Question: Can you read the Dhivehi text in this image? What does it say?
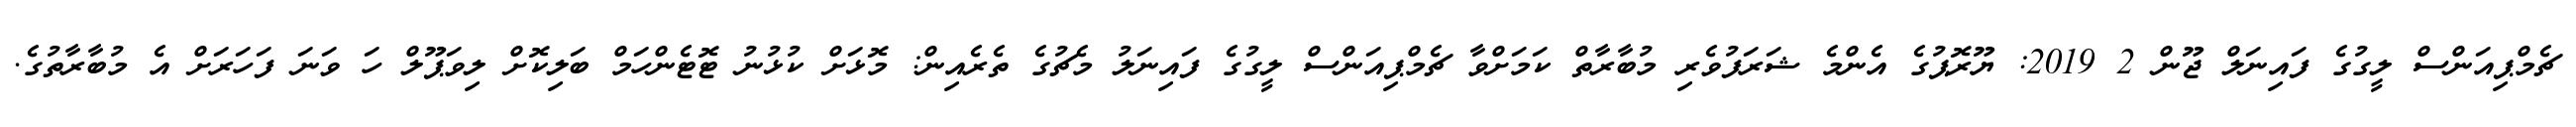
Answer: ޗެމްޕިއަންސް ލީގުގެ ފައިނަލް ޖޫން 2 2019: ޔޫރޮޕުގެ އެންމެ ޝަރަފުވެރި މުބާރާތް ކަމަށްވާ ޗެމްޕިއަންސް ލީގުގެ ފައިނަލު މެޗުގެ ތެރެއިން: މޮޅަށް ކުޅުނު ޓޮޓެންހަމް ބަލިކޮށް ލިވަޕޫލް ހަ ވަނަ ފަހަރަށް އެ މުބާރާތުގެ.